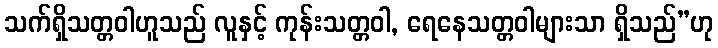
သက်ရှိသတ္တဝါဟူသည် လူနှင့် ကုန်းသတ္တဝါ, ရေနေသတ္တဝါများသာ ရှိသည်”ဟု